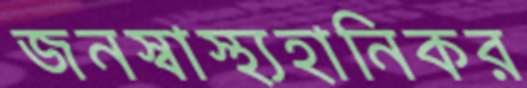
জনস্বাস্থ্যহানিকর